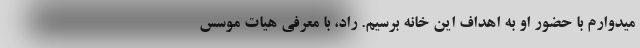
میدوارم با حضور او به اهداف این خانه برسیم. راد، با معرفی هیات موسس